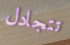
تتجادل